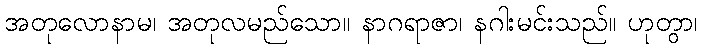
အတုလောနာမ၊ အတုလမည်သော။ နာဂရာဇာ၊ နဂါးမင်းသည်။ ဟုတွာ၊